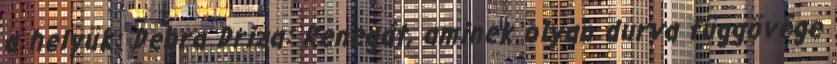
a helyük: Debra Driza: Renegát, aminek olyan durva függővége